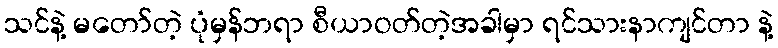
သင်နဲ့ မတော်တဲ့ ပုံမှန်ဘရာ စီယာဝတ်တဲ့အခါမှာ ရင်သားနာကျင်တာ နဲ့